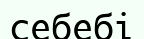
себебі